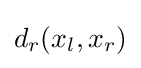
d_{r}(x_{l},x_{r})